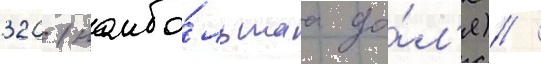
320 (наибо́льшаа до́л'я) /